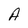
Character: A